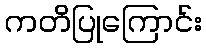
ကတိပြုကြောင်း